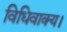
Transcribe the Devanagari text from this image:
विधिवाक्य।